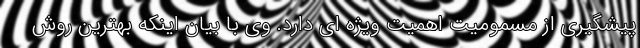
پیشگیری از مسمومیت اهمیت ویژه ای دارد. وی با بیان اینکه بهترین روش